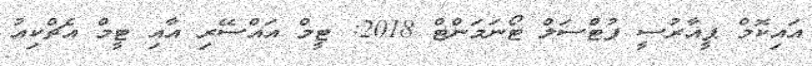
އައިކޮމް ޕީއާރުސީ ފުޓްސަލް ޓޯނަމަންޓް 2018: ޓީމް އައްސޭރި އާއި ޓީމް އެޗްކިއު